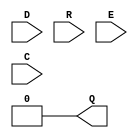
`timescale 1ns/1ps
`celldefine
//
// O_DDR simulation model
// DDR output register
//
// Copyright (c) 2023 Rapid Silicon, Inc.  All rights reserved.
//

module O_DDR (
  input [1:0] D, // Data input
  input R, // Active-low asynchrnous reset
  input E, // Active-high enable
  input C, // Clock
  output reg Q = 1'b0 // Data output (connect to output port, buffer or O_DELAY)
);

  always @(negedge R)
    Q <= 1'b0;

  always @(C)
    if (!R)
      Q <= 1'b0;
    else if (E) 
      if (C)
        Q <= D[0];
      else
        Q <= D[1];

endmodule
`endcelldefine